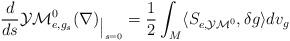
LaTeX: \begin{align*}\begin{aligned}\frac{d}{ds}\mathcal{YM}_{e,g_s }^0({\nabla} )_{\big {|}_{s =0}} & = \frac 12\int_M\langle S_{e,\mathcal{YM}^0 },\delta g\rangle dv_g\\\end{aligned}\end{align*}